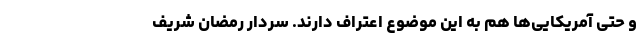
و حتی آمریکایی‌ها هم به این موضوع اعتراف دارند. سردار رمضان شریف